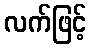
လက်ဖြင့်